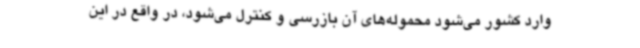
وارد کشور می‌شود محموله‌های آن بازرسی و کنترل می‌شود، در واقع در این